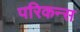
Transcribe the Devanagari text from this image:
परिकन्स